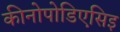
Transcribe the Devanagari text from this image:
कीनोपोडिएसिइ